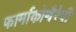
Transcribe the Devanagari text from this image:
फार्माकोथैरेपी